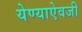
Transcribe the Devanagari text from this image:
येण्याऐवजी